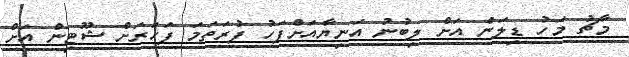
މާޗު މަހު ޑިލަން އަށް ލިބުނު އަނިޔާއަށްފަހު ފުރަތަމަ ފަހަރަށް ޝޫޓިން އަށް